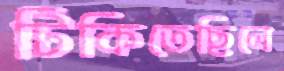
টিকিতেছিলে